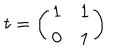
LaTeX: t = \left( \begin{array} { c c } { { 1 } } & { { 1 } } \\ { { 0 } } & { { 1 } } \\ \end{array} \right)